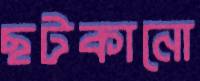
ছটকানো